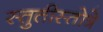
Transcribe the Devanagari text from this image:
स्तुतीस्तोत्रे